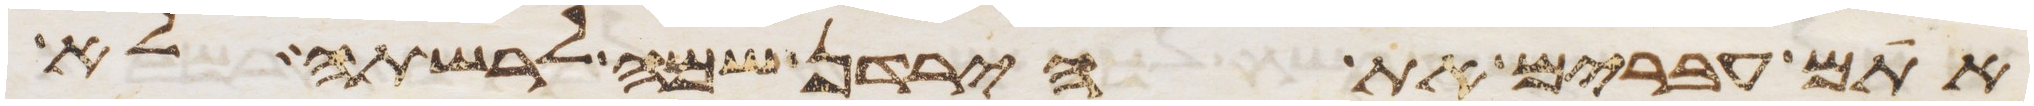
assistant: אתם עברים את הירדן שמה לרשתה לא